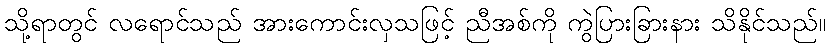
သို့ရာတွင် လရောင်သည် အားကောင်းလှသဖြင့် ညီအစ်ကို ကွဲပြားခြားနား သိနိုင်သည်။